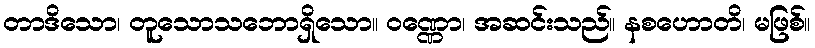
တာဒိသော၊ တူသောသဘောရှိသော။ ဝဏ္ဏော၊ အဆင်းသည်။ နစဟောတိ၊ မဖြစ်။